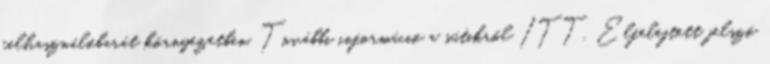
felhasználóbarát környezetben. További információ a sütikről ITT. Elfelejtett jelszó